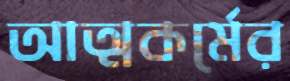
আত্মকর্মের